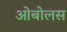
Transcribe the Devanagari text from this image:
ओबोलस